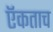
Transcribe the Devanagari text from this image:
ऍकताच